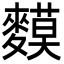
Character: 𪍤